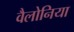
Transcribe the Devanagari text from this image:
वैलोनिया